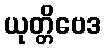
ယုတ္တိဗေဒ